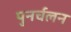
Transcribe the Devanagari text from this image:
पुनर्चलन